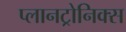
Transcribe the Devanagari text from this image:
प्लानट्रोनिक्स